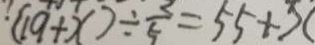
( 1 9 + x ) \div \frac { 2 } { 5 } = 5 5 + x